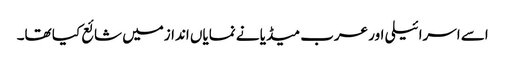
اسے اسرائیلی اور عرب میڈیا نے نمایاں اندازمیں شائع کیا تھا۔